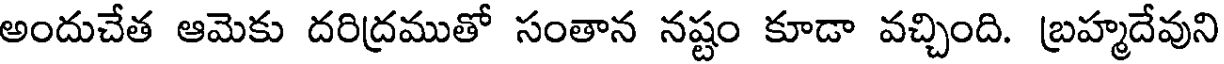
అందుచేత ఆమెకు దరిద్రముతో సంతాన నష్టం కూడా వచ్చింది. బ్రహ్మదేవుని